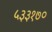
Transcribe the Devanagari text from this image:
५३३१७०